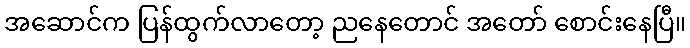
အဆောင်က ပြန်ထွက်လာတော့ ညနေတောင် အတော် စောင်းနေပြီ။